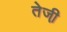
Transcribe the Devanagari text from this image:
तेजी़